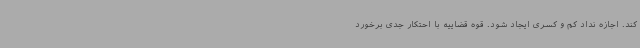
کند. اجازه نداد کم و کسری ایجاد شود. قوه قضاییه با احتکار جدی برخورد